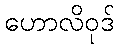
ဟောလိဝုဒ်